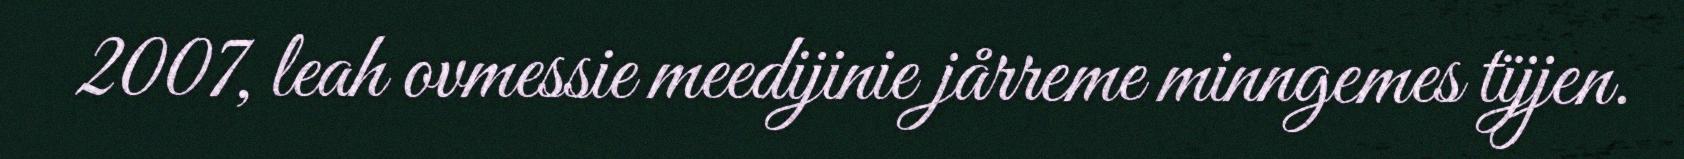
2007, leah ovmessie meedijinie jårreme minngemes tïjjen.